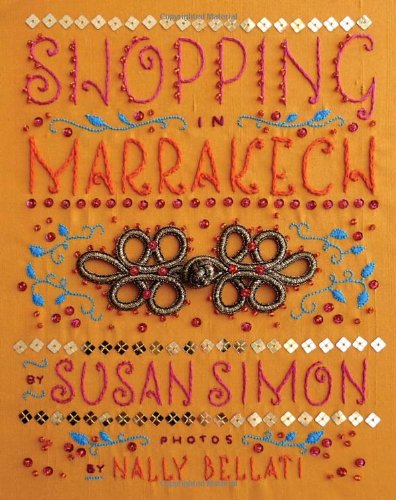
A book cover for Shopping in Marrakech; Susan Simon; Travel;